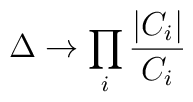
\Delta \rightarrow \prod_i \frac{|C_i|}{C_i}